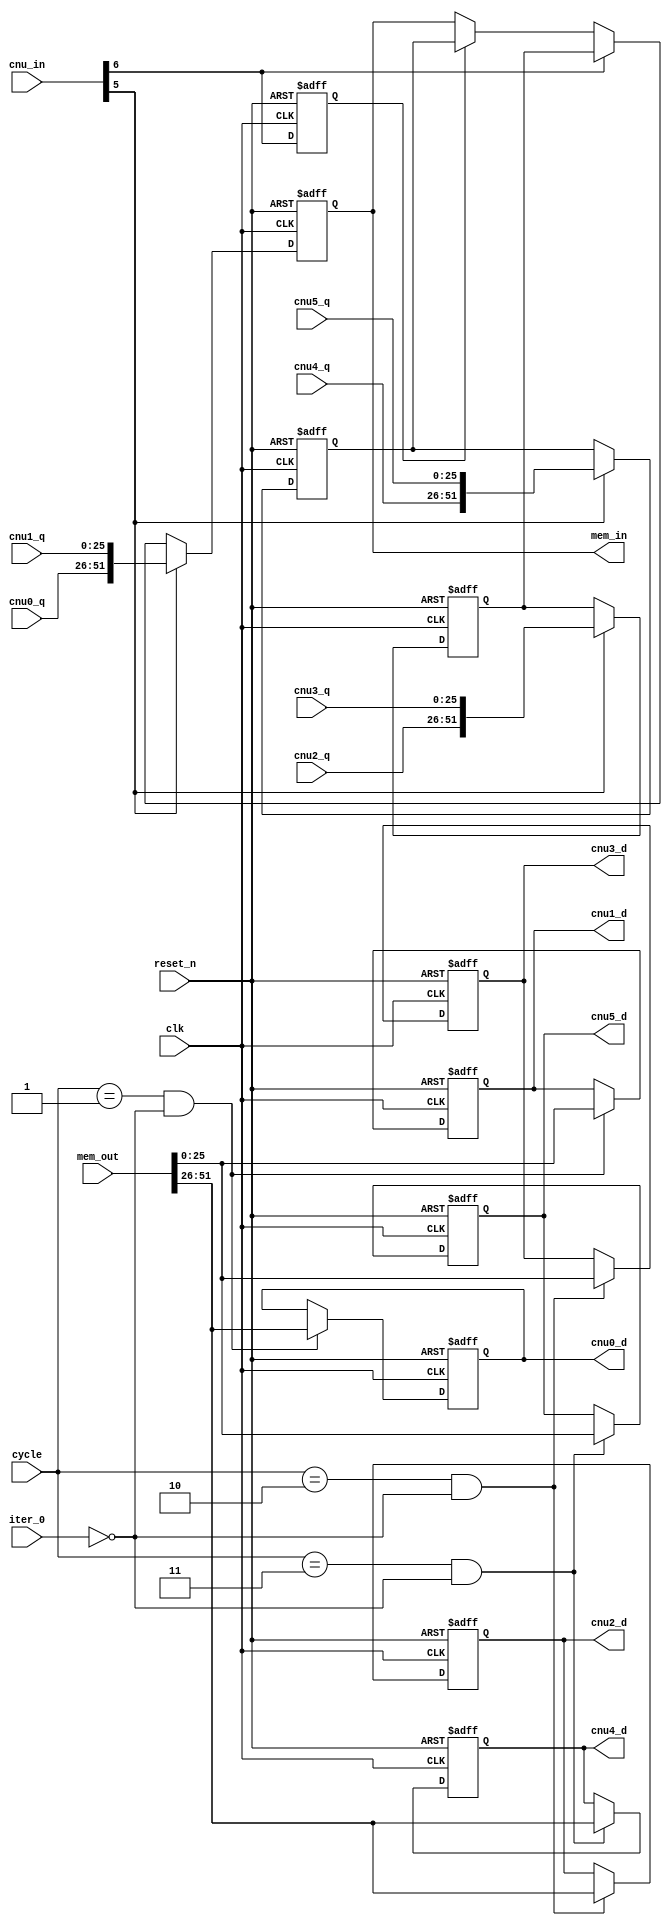
module lr_cell(
    clk,
    reset_n,
    iter_0,
    cnu_in,
    cycle ,
    cnu0_q,
    cnu1_q,
    cnu2_q,
    cnu3_q,
    cnu4_q,
    cnu5_q,
    mem_in,
    mem_out,
    cnu0_d,
    cnu1_d,
    cnu2_d,
    cnu3_d,
    cnu4_d,
    cnu5_d
);

//Parameter
parameter D_WID = 8;

//Input ports
input                 clk        ;
input                 reset_n    ;
input                 iter_0     ;
input  [6:0]          cnu_in     ;
input  [1:0]          cycle      ;
input  [2*D_WID+9:0]  cnu0_q     ;
input  [2*D_WID+9:0]  cnu1_q     ;
input  [2*D_WID+9:0]  cnu2_q     ;
input  [2*D_WID+9:0]  cnu3_q     ;
input  [2*D_WID+9:0]  cnu4_q     ;
input  [2*D_WID+9:0]  cnu5_q     ;
input  [4*D_WID+19:0] mem_out    ;

output [2*D_WID+9:0]  cnu0_d     ;
output [2*D_WID+9:0]  cnu1_d     ;
output [2*D_WID+9:0]  cnu2_d     ;
output [2*D_WID+9:0]  cnu3_d     ;
output [2*D_WID+9:0]  cnu4_d     ;
output [2*D_WID+9:0]  cnu5_d     ;
output [4*D_WID+19:0] mem_in     ;

reg    [4*D_WID+19:0] mem_in     ;
reg    [4*D_WID+19:0] cnu_tmp0   ;
reg    [4*D_WID+19:0] cnu_tmp1   ;
reg    [2*D_WID+9:0]  cnu0_d     ;
reg    [2*D_WID+9:0]  cnu1_d     ;
reg    [2*D_WID+9:0]  cnu2_d     ;
reg    [2*D_WID+9:0]  cnu3_d     ;
reg    [2*D_WID+9:0]  cnu4_d     ;
reg    [2*D_WID+9:0]  cnu5_d     ;
reg                   cnu_dly    ;

always @ (posedge clk or negedge reset_n)
begin : cnu_dly_r
    if(!reset_n)
        cnu_dly <= 1'b0;
    else 
        cnu_dly <= #1 cnu_in[6];
end        

always @ (posedge clk or negedge reset_n)
begin : mem_in_r
    if(!reset_n)
        mem_in <= #1 52'h0;
    else if(cnu_in[5])
        mem_in <= #1 {cnu0_q, cnu1_q};
    else if(cnu_in[6])
        mem_in <= #1 cnu_tmp0;
    else if(cnu_dly)
        mem_in <= #1 cnu_tmp1; 
end

always @ (posedge clk or negedge reset_n)
begin : cnu_tmp0_r
    if(!reset_n)
        cnu_tmp0 <= #1 52'h0;
    else if(cnu_in[5])
        cnu_tmp0 <= #1 {cnu2_q, cnu3_q};
end

always @ (posedge clk or negedge reset_n)
begin : cnu_tmp1_r
    if(!reset_n)
        cnu_tmp1 <= #1 52'h0;
    else if(cnu_in[5])
        cnu_tmp1 <= #1 {cnu4_q, cnu5_q};
end

always @ (posedge clk or negedge reset_n)
begin : cnu0_d_r
    if(!reset_n)
        cnu0_d <= #1 26'h0;
    else if((cycle == 2'b01) & !iter_0)
        cnu0_d <= #1 mem_out[4*D_WID+19:2*D_WID+10];
end

always @ (posedge clk or negedge reset_n)
begin : cnu1_d_r
    if(!reset_n)
        cnu1_d <= #1 26'h0;
    else if((cycle == 2'b01) & !iter_0)
        cnu1_d <= #1 mem_out[2*D_WID+9:0];
end

always @ (posedge clk or negedge reset_n)
begin : cnu2_d_r
    if(!reset_n)
        cnu2_d <= #1 26'h0;
    else if((cycle == 2'b10) & !iter_0)
        cnu2_d <= #1 mem_out[4*D_WID+19:2*D_WID+10];
end

always @ (posedge clk or negedge reset_n)
begin : cnu3_d_r
    if(!reset_n)
        cnu3_d <= #1 26'h0;
    else if((cycle == 2'b10) & !iter_0)
        cnu3_d <= #1 mem_out[2*D_WID+9:0];
end


always @ (posedge clk or negedge reset_n)
begin : cnu4_d_r
    if(!reset_n)
        cnu4_d <= #1 26'h0;
    else if((cycle == 2'b11) & !iter_0)
        cnu4_d <= #1 mem_out[4*D_WID+19:2*D_WID+10];
end

always @ (posedge clk or negedge reset_n)
begin : cnu5_d_r
    if(!reset_n)
        cnu5_d <= #1 26'h0;
    else if((cycle == 2'b11) & !iter_0)
        cnu5_d <= #1 mem_out[2*D_WID+9:0];
end

endmodule